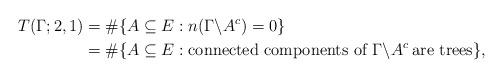
LaTeX: \begin{align*}T(\Gamma;2,1) & = \#\{A\subseteq E: n(\Gamma\backslash A^c)=0\}\\& =\#\{A\subseteq E:\mbox{\rm connected components of } \Gamma\backslash A^c \:\mbox{\rm are trees}\},\end{align*}